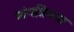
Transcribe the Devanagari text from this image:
व्यंगप्रियता